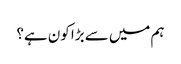
ہم میں سے بڑا کون ہے؟